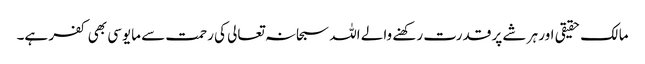
مالک حقیقی اور ہر شے پر قدرت رکھنے والے اللہ سبحانہ تعالی کی رحمت سے مایوسی بھی کفر ہے۔